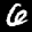
Label: 6